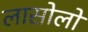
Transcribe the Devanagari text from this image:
लासोलो